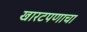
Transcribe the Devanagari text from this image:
खारटपणाचा